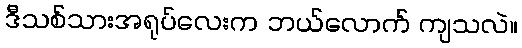
ဒီသစ်သားအရုပ်လေးက ဘယ်လောက် ကျသလဲ။